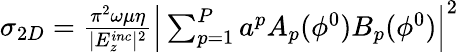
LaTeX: \begin{array}{r}{\sigma_{2D}={\frac{\pi^{2}\omega\mu\eta}{|E_{z}^{inc}|^{2}}}\Big|\sum_{p=1}^{P}a^{p}A_{p}(\phi^{0})B_{p}(\phi^{0})\Big|^{2}}\end{array}